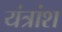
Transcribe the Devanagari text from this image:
यंत्रांश